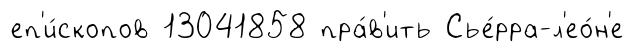
еп'и́скопов 13041858 пра́в'ить Сье́рра-л'ео́н'е